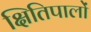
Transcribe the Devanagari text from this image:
क्षितिपालों